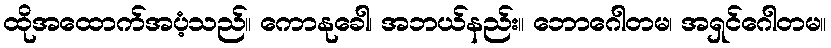
ထိုအထောက်အပံ့သည်။ ကောနုခေါ၊ အဘယ်နည်း။ ဘောဂေါတမ၊ အရှင်ဂေါတမ။